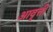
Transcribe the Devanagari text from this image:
अावृत्ती